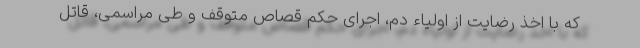
که با اخذ رضایت از اولیاء دم، اجرای حکم قصاص متوقف و طی مراسمی، قاتل